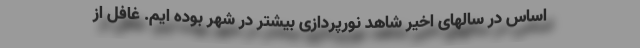
اساس در سالهای اخیر شاهد نورپردازی بیشتر در شهر بوده ایم. غافل از